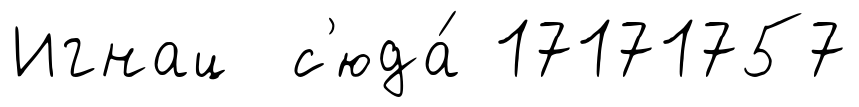
Игнац с'юда́ 17171757